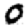
Digit: 0